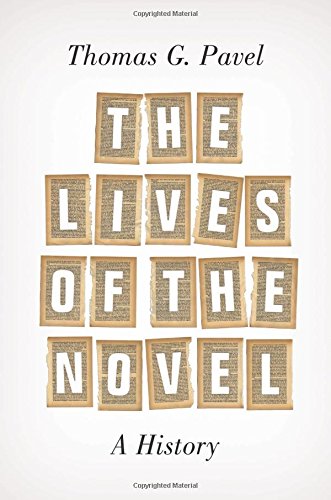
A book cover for The Lives of the Novel: A History; Thomas G. Pavel; Literature & Fiction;